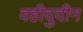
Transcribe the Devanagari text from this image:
वहीदुदीन